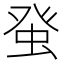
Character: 𤼭